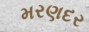
મરણદર